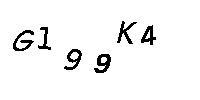
G199K4